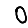
Digit: 0